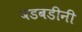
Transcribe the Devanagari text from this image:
बडबडीनी